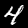
Label: 4